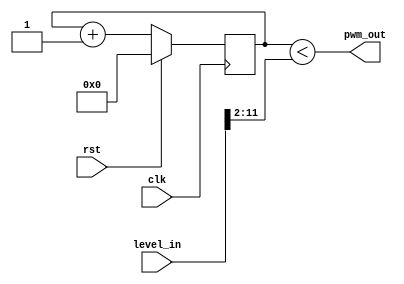
module pwm_out (
    input clk,
    input rst, 
    input [11:0] level_in, 
    output pwm_out);
        
    reg [9:0] count;
    assign pwm_out = count < level_in[11:2];
    always @(posedge clk) begin
        if (rst) begin
            count <= 10'b0;
        end 
        else begin
            count <= count+10'b1;
        end
    end

endmodule